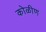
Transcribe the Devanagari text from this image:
कोळीण